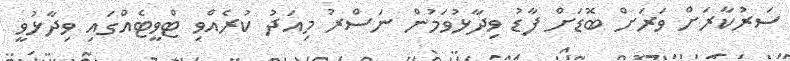
ސަރުކާރަށް ވަރަށް ބޮޑަށް ފާޑު ވިދާޅުވަމުން ނަސްރު މިއަދު ކުރެއްވި ޓްވީޓެއްގައި ވިދާޅުވީ